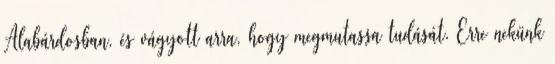
Alabárdosban, és vágyott arra, hogy megmutassa tudását. Erre nekünk